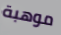
موهبة